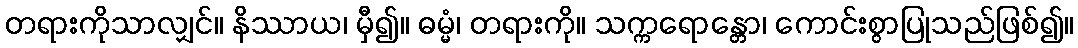
တရားကိုသာလျှင်။ နိဿာယ၊ မှီ၍။ ဓမ္မံ၊ တရားကို။ သက္ကရောန္တော၊ ကောင်းစွာပြုသည်ဖြစ်၍။